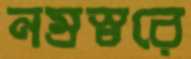
নম্রস্বরে